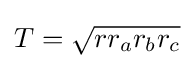
T={\sqrt {rr_{a}r_{b}r_{c}}}